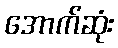
အောက်ဆုံး